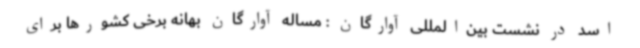
اسد در نشست بین‌المللی آوارگان : مساله آوارگان بهانه برخی کشورها برای